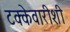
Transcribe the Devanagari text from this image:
टक्केवारीशी